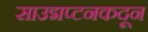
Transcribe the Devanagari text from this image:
साउद्मप्टनकदून